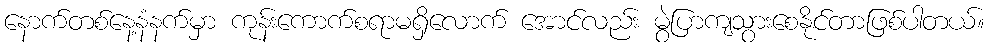
နောက်တစ်နေ့နံနက်မှာ ကုန်းကောက်စရာမရှိလောက် အောင်လည်း မွဲပြာကျသွားစေနိုင်တာဖြစ်ပါတယ်။